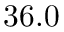
3 6 . 0